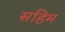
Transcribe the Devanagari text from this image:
सहिम